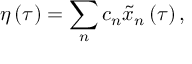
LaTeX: \eta \left( \tau \right) = \sum _ { n } c _ { n } \tilde { x } _ { n } \left( \tau \right) ,